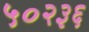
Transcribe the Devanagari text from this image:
५०२३६